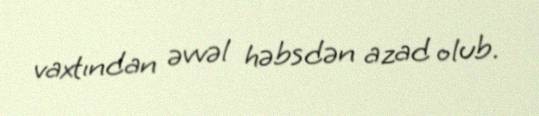
vaxtından əvvəl həbsdən azad olub.